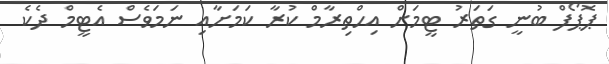
ޕޮޕޯފް ބުނީ ގަތަރު ޓީމަށް އިހްތިރާމް ކުރާ ކަމަށާއި ނަމަވެސް އެޓީމް ދެކެ